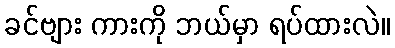
ခင်ဗျား ကားကို ဘယ်မှာ ရပ်ထားလဲ။